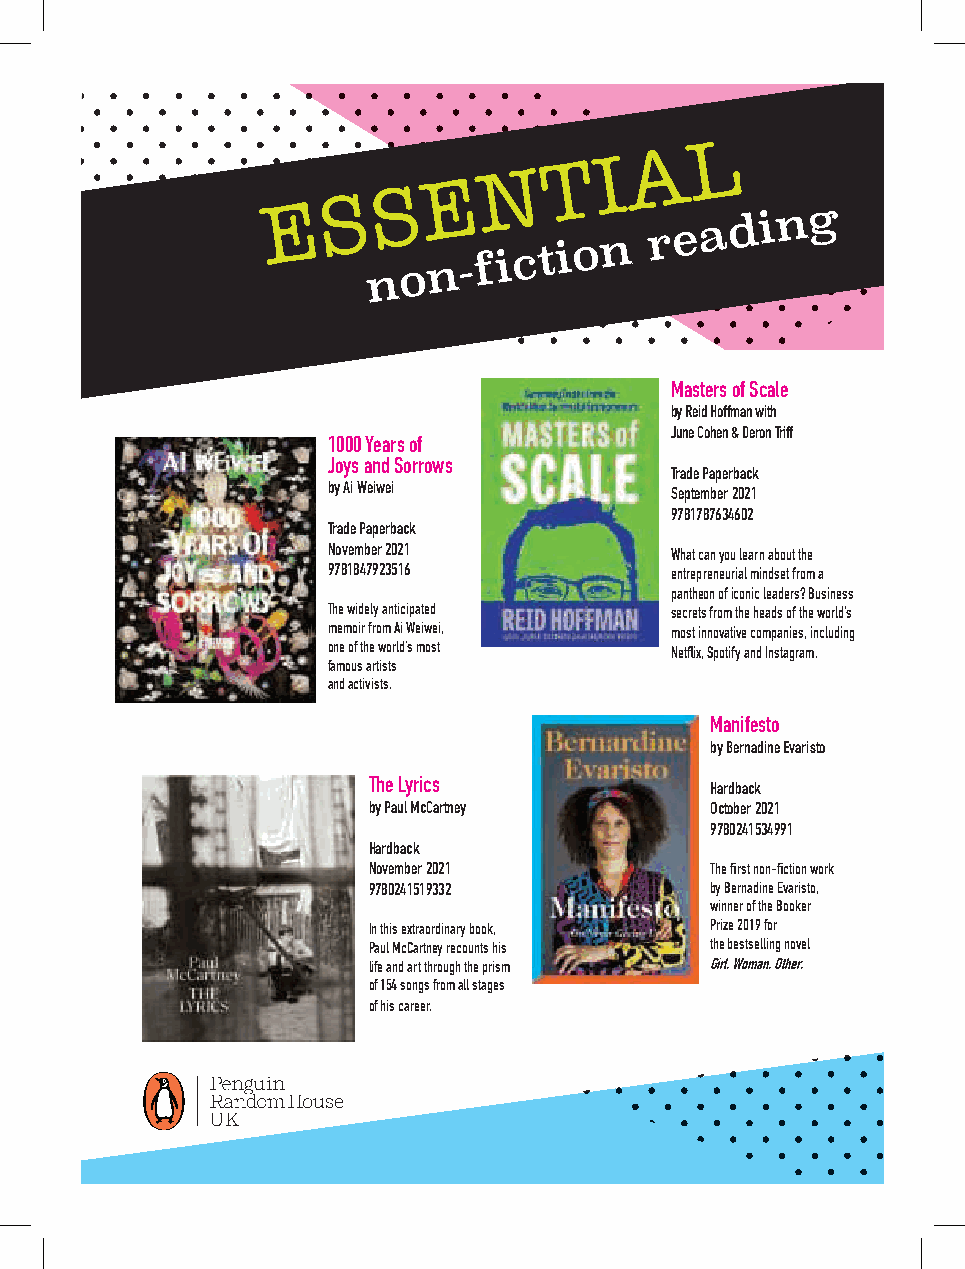
L
 A
 T   I
 N
 E
 S
 S
 E
 n o n - f i c t i o n r e a d i
 ngg
 Masters of Scale
 by Reid Hoffman with
 June Cohen & Deron Triff
 1000 Years of
 Joys and Sorrows
 Trade Paperback
 by Ai Weiwei          September 2021
 9781787634602
 Trade Paperback
 November 2021         What can you learn about the
 9781847923516         entrepreneurial mindset from a
 pantheon of iconic leaders? Business
 The widely anticipated secrets from the heads of the world’s
 memoir from Ai Weiwei, most innovative companies, including
 one of the world’s most Netflix, Spotify and Instagram.
 famous artists
 and activists.
 Manifesto
 by Bernadine Evaristo
 The Lyrics             Hardback
 by Paul McCartney      October 2021
 9780241534991
 Hardback
 November 2021          The first non-fiction work
 9780241519332          by Bernadine Evaristo,
 winner of the Booker
 In this extraordinary book, Prize 2019 for
 Paul McCartney recounts his the bestselling novel
 life and art through the prism Girl, Woman, Other.
 of 154 songs from all stages
 of his career.
 PPeenngguuiinn__ssuummmmeerr__AA55__22002211..iinndddd 33 1133//0044//22002211 1111::5511